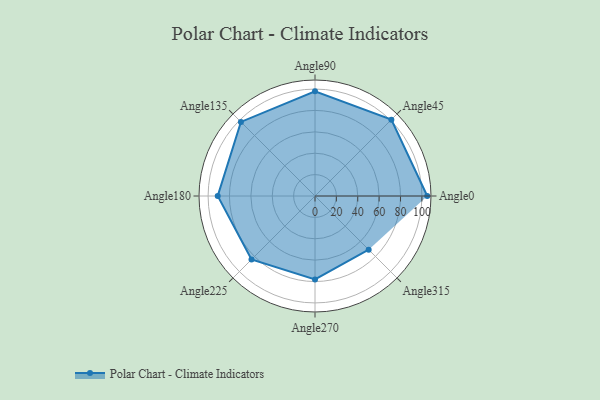
{"axis": {"x": "Angle", "y": "Radius"}, "legend": [""], "data": [{"x": "Angle0", "y": 105.0, "type": ""}, {"x": "Angle45", "y": 101.0, "type": ""}, {"x": "Angle90", "y": 98.0, "type": ""}, {"x": "Angle135", "y": 98.0, "type": ""}, {"x": "Angle180", "y": 91.0, "type": ""}, {"x": "Angle225", "y": 84.0, "type": ""}, {"x": "Angle270", "y": 78.0, "type": ""}, {"x": "Angle315", "y": 71.0, "type": ""}]}